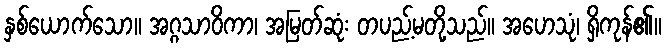
နှစ်ယောက်သော။ အဂ္ဂသာဝိကာ၊ အမြတ်ဆုံး တပည့်မတို့သည်။ အဟေသုံ၊ ရှိကုန်၏။